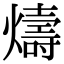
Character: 燽